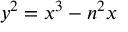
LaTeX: y ^ { 2 } = x ^ { 3 } - n ^ { 2 } x